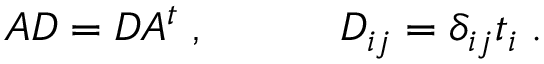
A D = D A ^ { t } \; , \quad \quad \quad D _ { i j } = \delta _ { i j } t _ { i } \; .